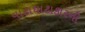
વાટાઘાટાકારની